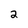
Character: 2